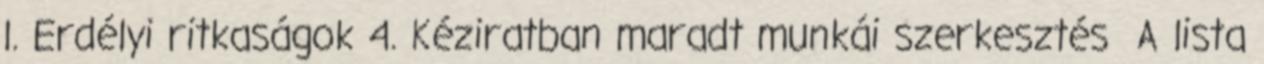
l. Erdélyi ritkaságok 4. Kéziratban maradt munkái szerkesztés A lista